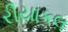
રીયાકલ